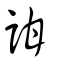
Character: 詌